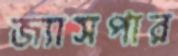
জ্যাসপার